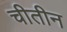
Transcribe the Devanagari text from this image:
चीतीन